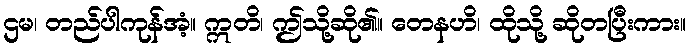
ဌမ၊ တည်ပါကုန်အံ့။ ဣတိ၊ ဤသို့ဆို၏။ တေနဟိ၊ ထိုသို့ ဆိုတပြီးကား။